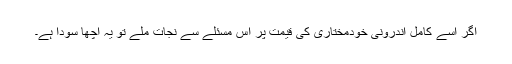
اگر اسے کامل اندرونی خودمختاری کی قیمت پر اس مسئلے سے نجات ملے تو یہ اچھا سودا ہے۔